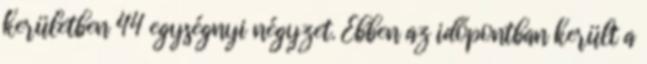
kerületben 44 egységnyi négyzet. Ebben az időpontban került a